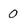
Character: 0